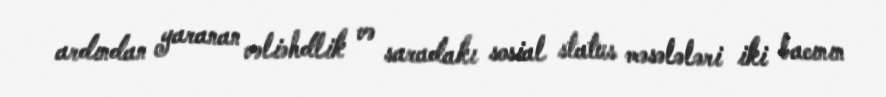
ardından yaranan vəliəhdlik və saradakı sosial status məsələləri iki bacının